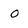
Character: 0